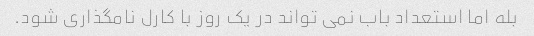
بله اما استعداد باب نمی تواند در یک روز با کارل نامگذاری شود.